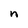
Character: n